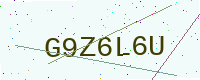
Text: G9Z6L6U